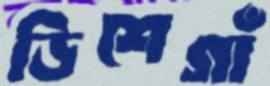
ডিশেগাঁ